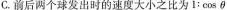
C.前后两个球发出时的速度大小之比为1：cosθ